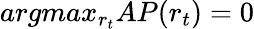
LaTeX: argmax_{r_{t}}AP(r_{t})=0